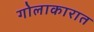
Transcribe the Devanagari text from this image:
गोलाकारात